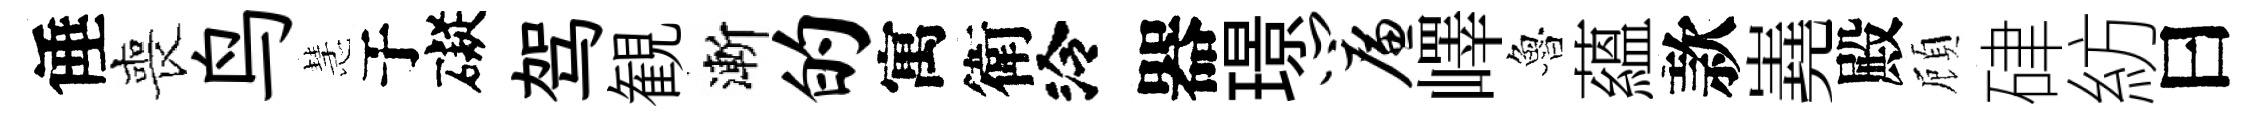
倕喪鸟慧于礙驾観漸的寓衛泠器璟帘嶧魯蘊款嶤殿頋硉紡曰